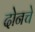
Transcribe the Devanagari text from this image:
दोनचे